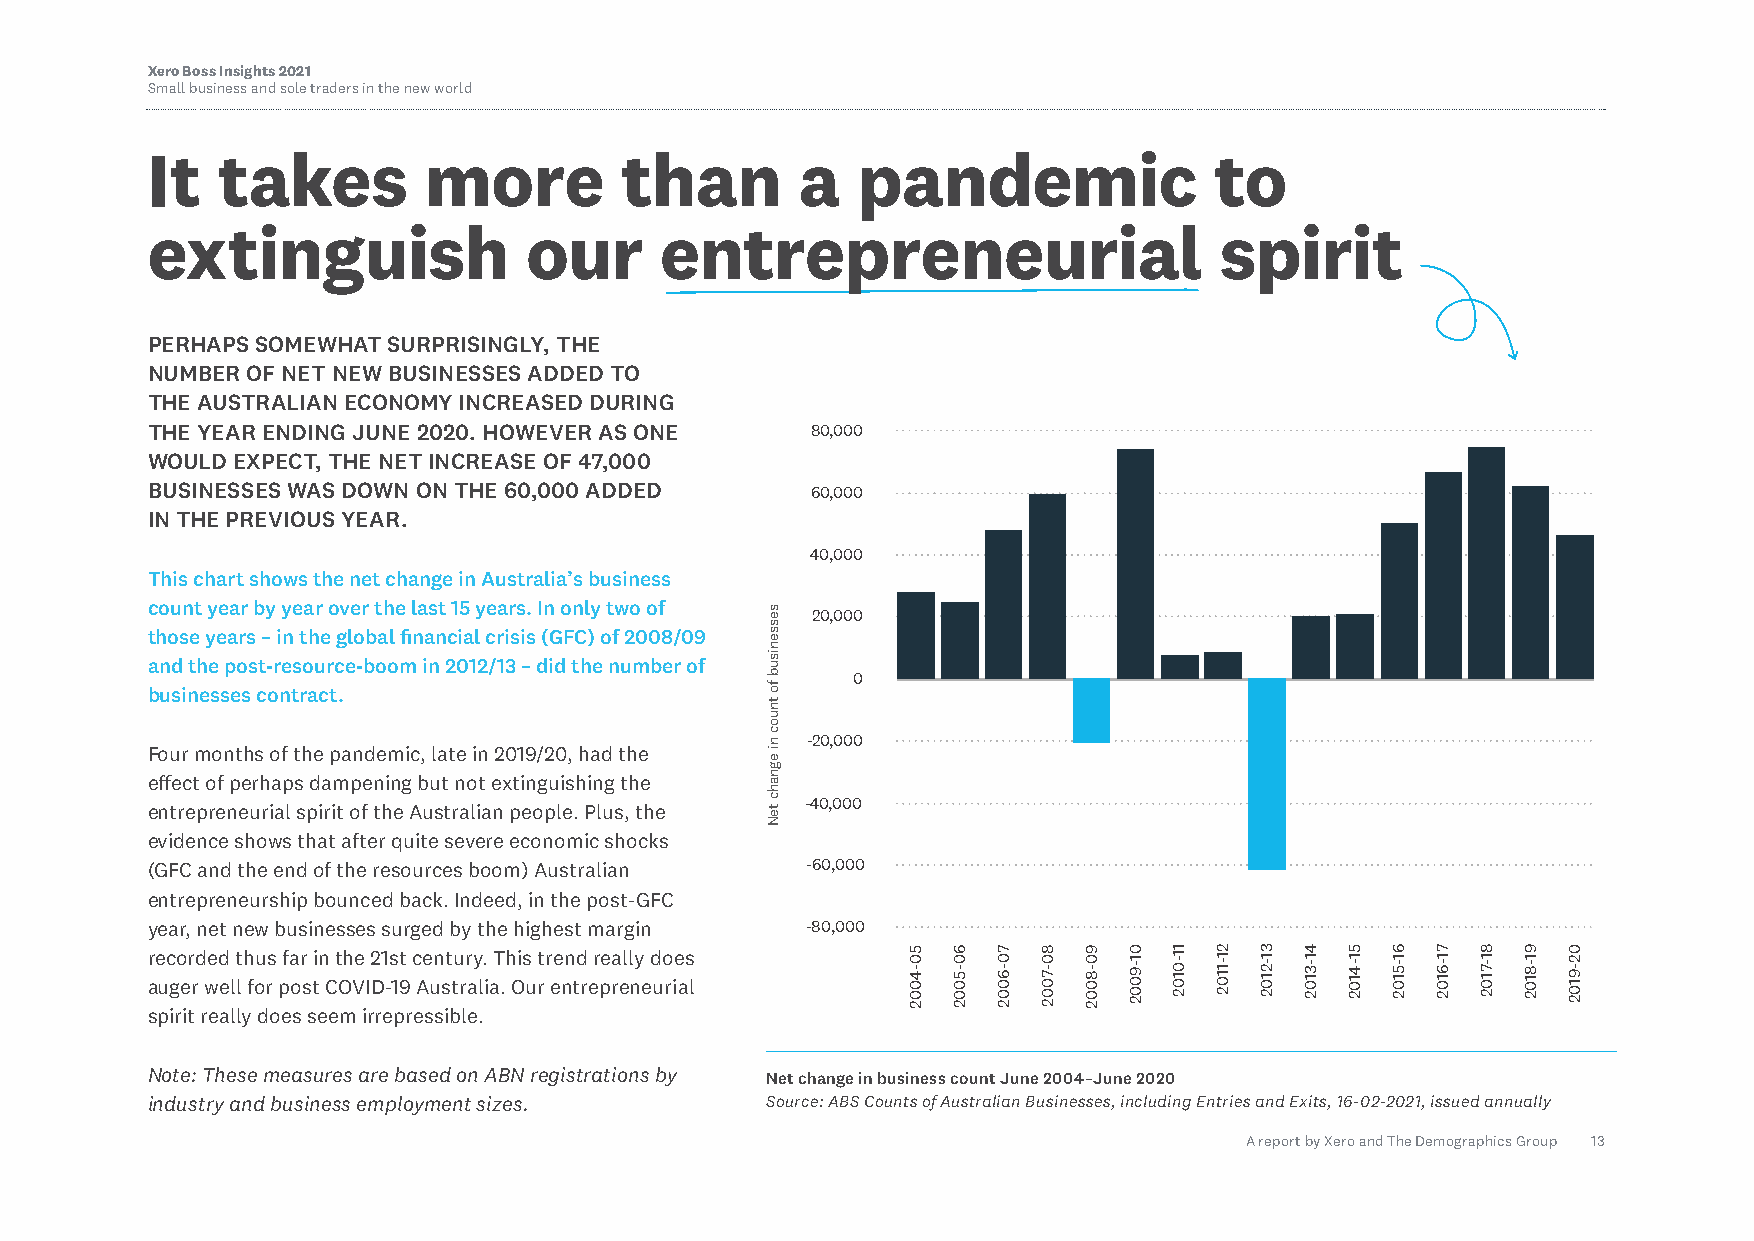
Xero Boss Insights 2021
 Small business and sole traders in the new world
 It  takes         more         than        a   pandemic               to
 extinguish               our      entrepreneurial                      spirit
 PERHAPS SOMEWHAT SURPRISINGLY, THE
 NUMBER OF NET NEW BUSINESSES ADDED TO
 THE AUSTRALIAN ECONOMY INCREASED DURING
 THE YEAR ENDING JUNE 2020. HOWEVER AS ONE   80,000
 WOULD EXPECT, THE NET INCREASE OF 47,000
 BUSINESSES WAS DOWN ON THE 60,000 ADDED     60,000
 IN THE PREVIOUS YEAR.
 40,000
 This chart shows the net change in Australia’s business
 count year by year over the last 15 years. In only two of 20,000
 those years – in the global financial crisis (GFC) of 2008/09
 and the post-resource-boom in 2012/13 – did the number of
 0
 businesses contract.
 -20,000
 Four months of the pandemic, late in 2019/20, had the
 effect of perhaps dampening but not extinguishing the
 -40,000
 entrepreneurial spirit of the Australian people. Plus, the
 evidence shows that after quite severe economic shocks
 (GFC and the end of the resources boom) Australian -60,000
 entrepreneurship bounced back. Indeed, in the post-GFC
 year, net new businesses surged by the highest margin -80,000
 recorded thus far in the 21st century. This trend really does
 auger well for post COVID-19 Australia. Our entrepreneurial
 spirit really does seem irrepressible.
 Note: These measures are based on ABN registrations by Net change in business count June 2004–June 2020
 industry and business employment sizes.  Source: ABS Counts of Australian Businesses, including Entries and Exits, 16-02-2021, issued annually
 A report by Xero and The Demographics Group 13
 sessenisub
 fo
 tnuoc
 ni
 egnahc
 teN
 50-4002 60-5002 70-6002 80-7002 90-8002 01-9002 11-0102 21-1102 31-2102 41-3102 51-4102 61-5102 71-6102 81-7102 91-8102 02-9102